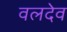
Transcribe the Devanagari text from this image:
वलदेव